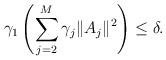
LaTeX: \begin{align*}\gamma_{1}\left( \sum_{j=2}^M \gamma_j\|A_j\|^2\right)\leq \delta.\end{align*}